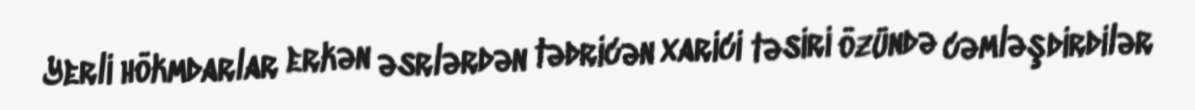
Yerli hökmdarlar erkən əsrlərdən tədricən xarici təsiri özündə cəmləşdirdilər